Scottish Leaving Certificate Examination, 1961
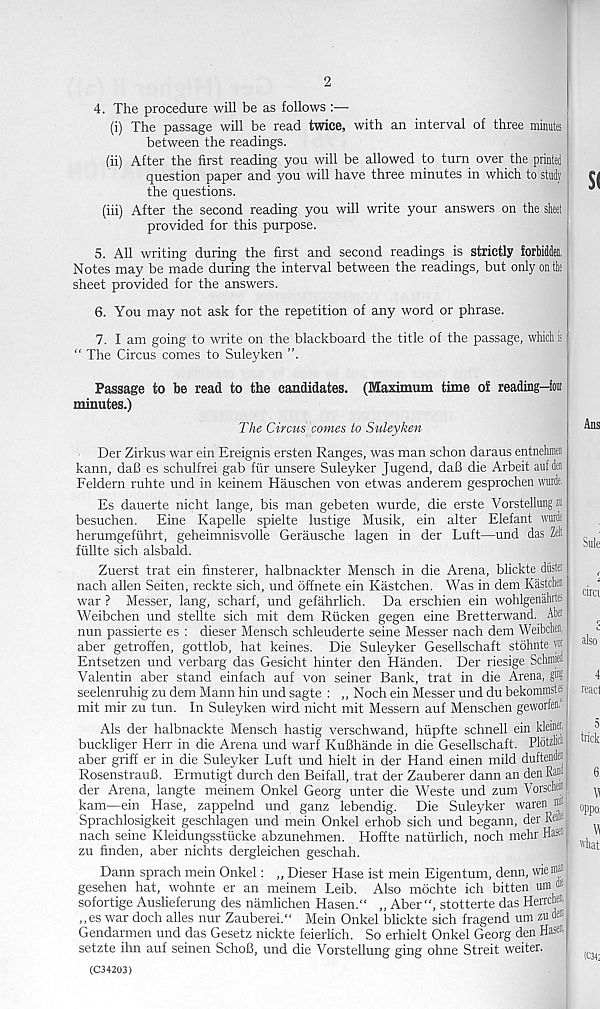
2
4. The procedure will be as follows :—■
(i) The passage will be read twice, with an interval of three minutes
between the readings.
(ii) After the first reading you will be allowed to turn over the printed
question paper and you will have three minutes in which to study
the questions.
(iii) After the second reading you will write your answers on the sheet
provided for this purpose.
5. All writing during the first and second readings is strictly forbidden,
Notes may be made during the interval between the readings, but only on tin
sheet provided for the answers.
6. You may not ask for the repetition of any word or phrase.
7. I am going to write on the blackboard the title of the passage, which is
“ The Circus comes to Suleyken ”.
Passage to be read to the candidates. (Maximum time of reading-fen
minutes.)
The Circus comes to Suleyken
Der Zirkus war ein Ereignis ersten Ranges, was man schon daraus entnehnra
kann, daB es schulfrei gab fur unsere Suleyker Jugend, daB die Arbeit aufden
Feldern ruhte und in keinem Hauschen von etwas anderem gesprochen wurde,
Es dauerte nicht lange, bis man gebeten wurde, die erste Vorstellung nn
besuchen. Eine Kapelle spielte lustige Musik, ein alter Elefant wurde
herumgefuhrt, geheimnisvolle Gerausche lagen in der Luft—und das Zelt
fullte sich alsbald.
Zuerst trat ein finsterer, halbnackter Mensch in die Arena, blickte diistet
nach alien Seiten, reckte sich, und offnete ein Kastchen. Was in dem Kastchen
war ? Messer, lang, scharf, und gefahrlich. Da erschien ein wohlgenahrtei
Weibchen und stellte sich mit dem Riicken gegen eine Bretterwand. Abet
nun passierte es : dieser Mensch schleuderte seine Messer nach dem Weibchen,
aber getroffen, gottlob, hat keines. Die Suleyker Gesellschaft stohnte vor
Entsetzen und verbarg das Gesicht hinter den Handen. Der riesige Schmiel
Valentin aber stand einfach auf von seiner Bank, trat in die Arena, gin?
seelenruhig zu dem Mann hin und sagte : ,, Noch ein Messer und du bekommstf-
mit mir zu tun. In Suleyken wird nicht mit Messern auf Menschen geworfen.
Als der halbnackte Mensch hastig verschwand, hupfte schnell ein kleiift
buckliger Herr in die Arena und warf KuBhande in die Gesellschaft. PlotzM
aber griff er in die Suleyker Luft und hielt in der Hand einen mild duftendej
RosenstrauB. Ermutigt durch den Beifall, trat der Zauberer dann an den Rw
der Arena, langte meinem Onkel Georg unter die Weste und zum Vorschen
kam—ein Hase, zappelnd und ganz lebendig. Die Suleyker waren i®'
Sprachlosigkeit geschlagen und mein Onkel erhob sich und begann, der R*
nach seine Kleidungsstucke abzunehmen. Hoffte naturlich, noch mehr Hasf"|
zu finden, aber nichts dergleichen geschah.
Dann sprach mein Onkel: „ Dieser Hase ist mein Eigentum, denn, wiem®
gesehen hat, wohnte er an meinem Leib. Also mdchte ich bitten um *
sofortige Ausheferung des namlichen Hasen.“ „ Aber “, stotterte das Herrchffll
,,es war doch alles nur Zauberei." Mein Onkel blickte sich fragend um zu u®
Gendarmen und das Gesetz nickte feierlich. So erhielt Onkel Georg den Hase«.|
setzte ihn auf seinen SchoB, und die Vorstellung ging ohne Streit weiter.
(C34203)